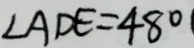
\angle A D E = 4 8 ^ { \circ }